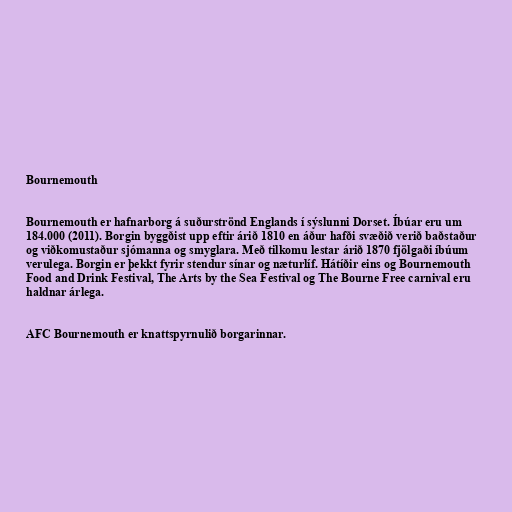
Bournemouth

Bournemouth er hafnarborg á suðurströnd Englands í sýslunni Dorset. Íbúar eru um
184.000 (2011). Borgin byggðist upp eftir árið 1810 en áður hafði svæðið verið baðstaður
og viðkomustaður sjómanna og smyglara. Með tilkomu lestar árið 1870 fjölgaði íbúum
verulega. Borgin er þekkt fyrir stendur sínar og næturlíf. Hátíðir eins og Bournemouth
Food and Drink Festival, The Arts by the Sea Festival og The Bourne Free carnival eru
haldnar árlega.

AFC Bournemouth er knattspyrnulið borgarinnar.